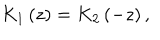
K _ { 1 } \left( z \right) = K _ { 2 } \left( - z \right) ,